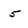
Character: 5